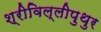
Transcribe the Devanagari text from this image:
श्रीविल्लीपुथुर